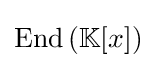
\operatorname {End} \left(\mathbb {K} [x]\right)